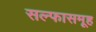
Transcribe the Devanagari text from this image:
सल्फासमूह